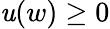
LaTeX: \mathit{u}(w)\geq0